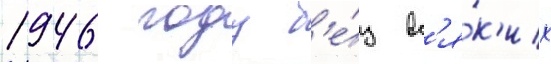
1946 году б'е́з вс'я́к'их